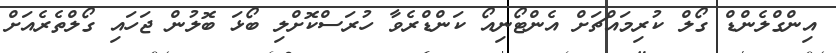
އިންގްލެންޑް ގޯލް ކުރިމައްޗަށް އެންޓޯނިއޯ ކަންޑްރެވާ ހުރަސްކޮށްލި ބޯޅަ ބޮލުން ޖަހައި ގޯލްތެރެއަށް